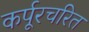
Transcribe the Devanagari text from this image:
कर्पूरचरित